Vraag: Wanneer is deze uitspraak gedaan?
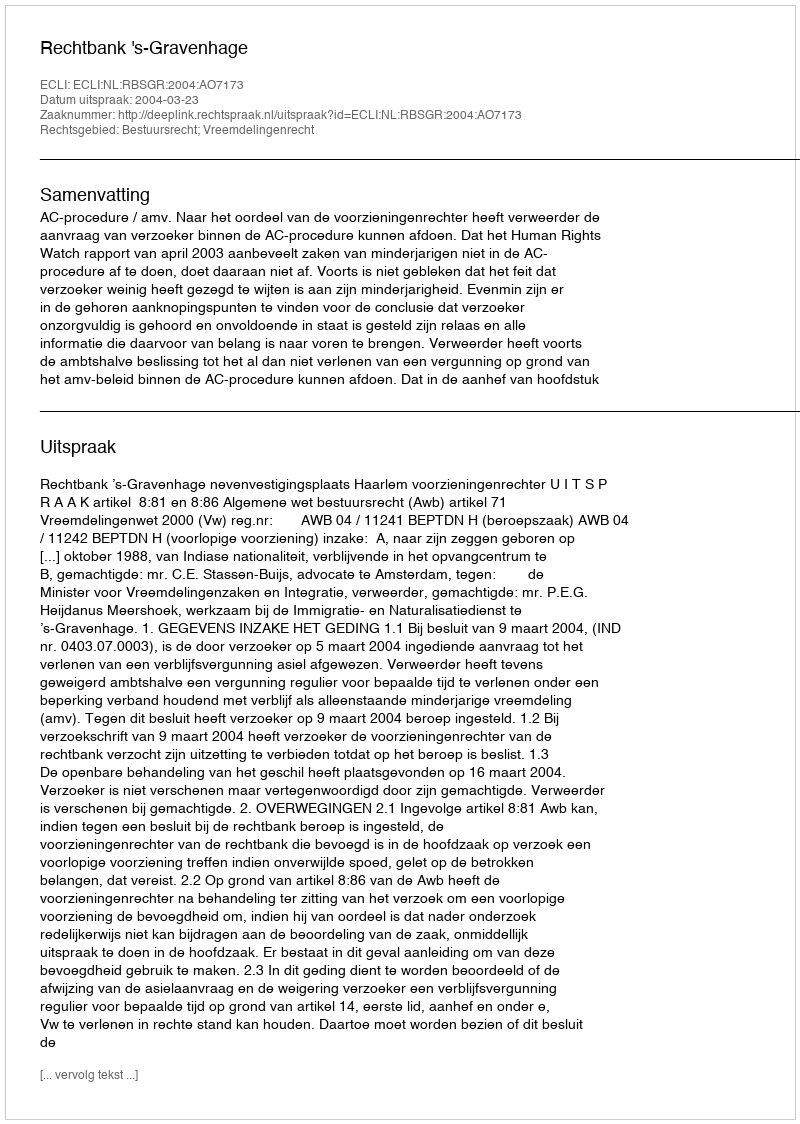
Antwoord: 2004-03-23